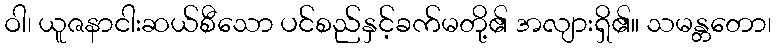
ဝါ၊ ယူဇနာငါးဆယ်စီသော ပင်စည်နှင့်ခက်မတို့၏ အလျားရှိ၏။ သမန္တတော၊